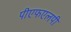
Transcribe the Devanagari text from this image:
पीएफएलपी